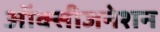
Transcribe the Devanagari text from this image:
ऑक्सीजनेशन